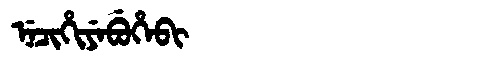
Manchu: ᠨᡝᠴᡳᡥᡳᠶᡝᠪᡠᡥᡝᠪᡳ
Romanization: NECIHIYEBUHEBI